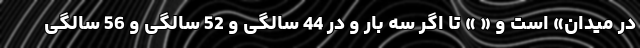
در میدان» است و « » تا اگر سه بار و در 44 سالگی و 52 سالگی و 56 سالگی